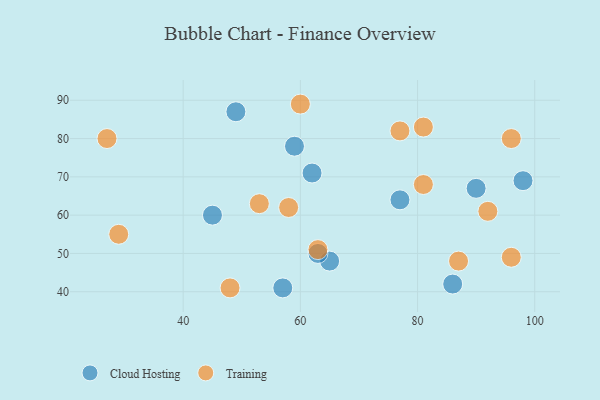
{"axis": {"x": "GDP", "y": "Life Expectancy"}, "legend": ["Cloud Hosting", "Training"], "data": [{"x": "59", "y": 78, "type": "Cloud Hosting"}, {"x": "98", "y": 69, "type": "Cloud Hosting"}, {"x": "77", "y": 64, "type": "Cloud Hosting"}, {"x": "86", "y": 42, "type": "Cloud Hosting"}, {"x": "65", "y": 48, "type": "Cloud Hosting"}, {"x": "62", "y": 71, "type": "Cloud Hosting"}, {"x": "63", "y": 50, "type": "Cloud Hosting"}, {"x": "90", "y": 67, "type": "Cloud Hosting"}, {"x": "57", "y": 41, "type": "Cloud Hosting"}, {"x": "45", "y": 60, "type": "Cloud Hosting"}, {"x": "49", "y": 87, "type": "Cloud Hosting"}, {"x": "96", "y": 80, "type": "Training"}, {"x": "96", "y": 49, "type": "Training"}, {"x": "92", "y": 61, "type": "Training"}, {"x": "87", "y": 48, "type": "Training"}, {"x": "77", "y": 82, "type": "Training"}, {"x": "27", "y": 80, "type": "Training"}, {"x": "29", "y": 55, "type": "Training"}, {"x": "81", "y": 83, "type": "Training"}, {"x": "58", "y": 62, "type": "Training"}, {"x": "53", "y": 63, "type": "Training"}, {"x": "81", "y": 68, "type": "Training"}, {"x": "48", "y": 41, "type": "Training"}, {"x": "63", "y": 51, "type": "Training"}, {"x": "60", "y": 89, "type": "Training"}]}